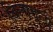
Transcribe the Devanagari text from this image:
बिलावली